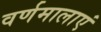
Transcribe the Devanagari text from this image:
वर्णमालाएं